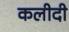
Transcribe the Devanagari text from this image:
कलीदी